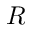
R